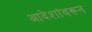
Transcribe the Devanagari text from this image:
आदेशांवरून